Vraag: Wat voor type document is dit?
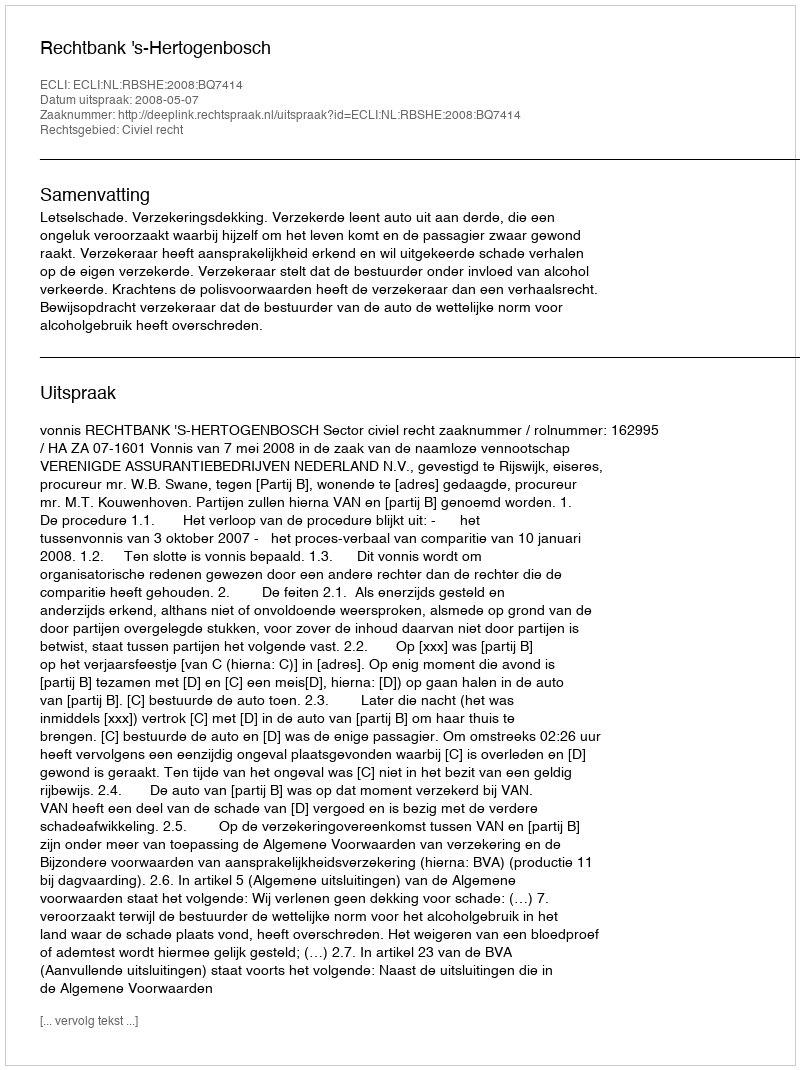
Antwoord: Uitspraak